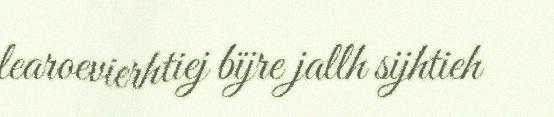
learoevierhtiej bïjre jallh sijhtieh